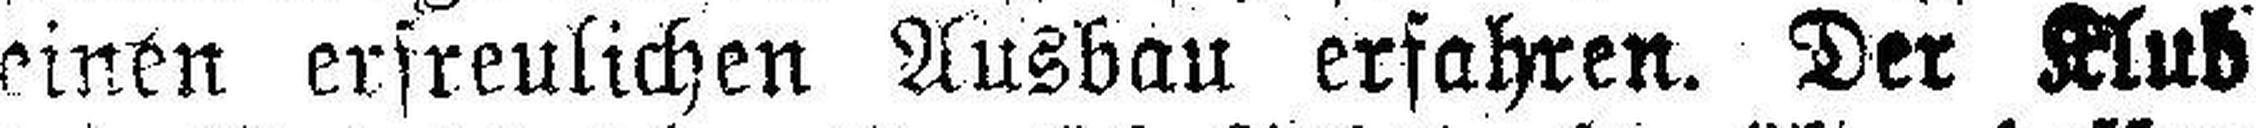
einen erfreulichen Ausbau erfahren. Der Klub